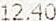
12.40